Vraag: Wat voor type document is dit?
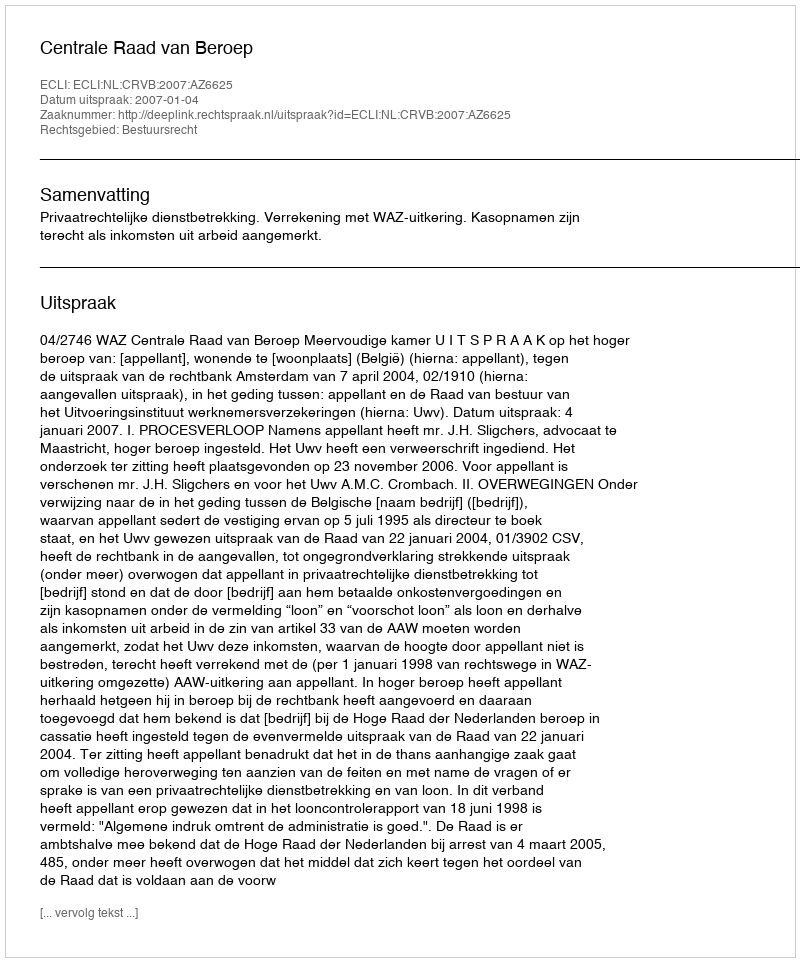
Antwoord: Uitspraak